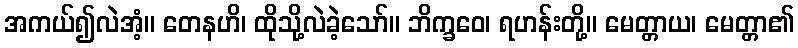
အကယ်၍လဲအံ့။ တေနဟိ၊ ထိုသို့လဲခဲ့သော်။ ဘိက္ခဝေ၊ ရဟန်းတို့။ မေတ္တာယ၊ မေတ္တာ၏